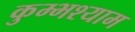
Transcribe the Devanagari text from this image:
कुम्भश्याम